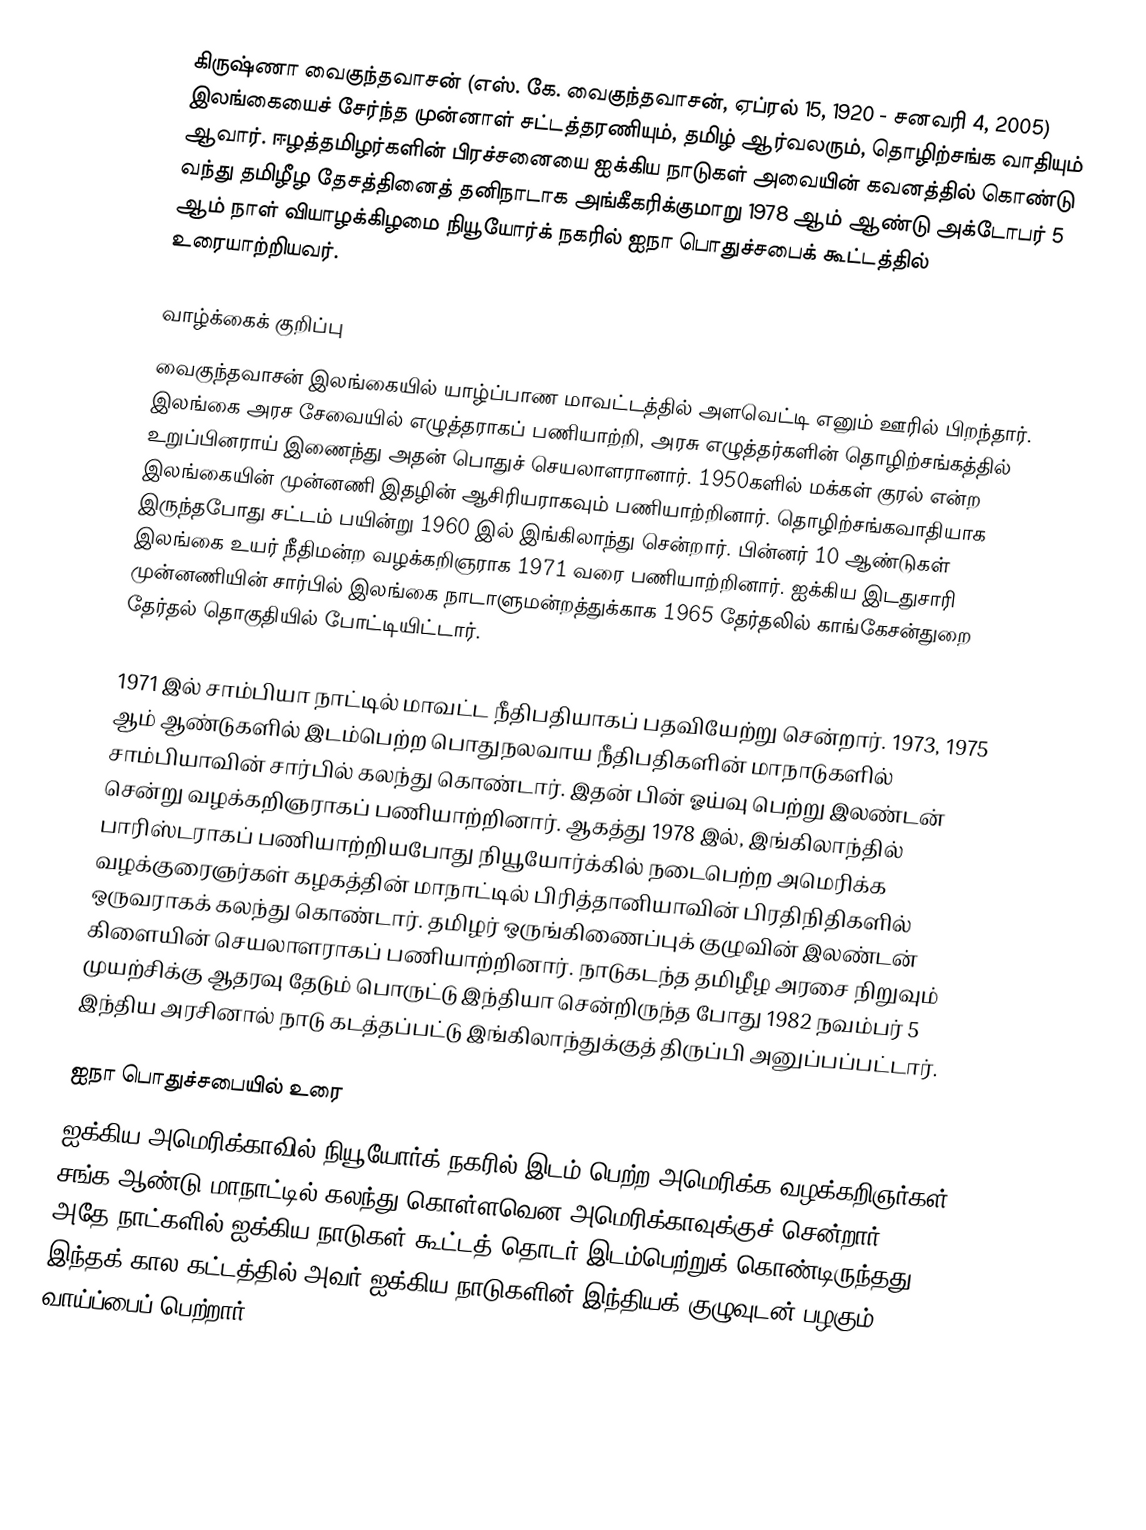
கிருஷ்ணா வைகுந்தவாசன் (எஸ். கே. வைகுந்தவாசன், ஏப்ரல் 15, 1920 - சனவரி 4, 2005) இலங்கையைச் சேர்ந்த முன்னாள் சட்டத்தரணியும், தமிழ் ஆர்வலரும், தொழிற்சங்க வாதியும் ஆவார். ஈழத்தமிழர்களின் பிரச்சனையை ஐக்கிய நாடுகள் அவையின் கவனத்தில் கொண்டு வந்து தமிழீழ தேசத்தினைத் தனிநாடாக அங்கீகரிக்குமாறு 1978 ஆம் ஆண்டு அக்டோபர் 5 ஆம் நாள் வியாழக்கிழமை நியூயோர்க் நகரில் ஐநா பொதுச்சபைக் கூட்டத்தில் உரையாற்றியவர்.

வாழ்க்கைக் குறிப்பு
வைகுந்தவாசன் இலங்கையில் யாழ்ப்பாண மாவட்டத்தில் அளவெட்டி எனும் ஊரில் பிறந்தார். இலங்கை அரச சேவையில் எழுத்தராகப் பணியாற்றி, அரசு எழுத்தர்களின் தொழிற்சங்கத்தில் உறுப்பினராய் இணைந்து அதன் பொதுச் செயலாளரானார். 1950களில் மக்கள் குரல் என்ற இலங்கையின் முன்னணி இதழின் ஆசிரியராகவும் பணியாற்றினார். தொழிற்சங்கவாதியாக இருந்தபோது சட்டம் பயின்று 1960 இல் இங்கிலாந்து சென்றார். பின்னர் 10 ஆண்டுகள் இலங்கை உயர் நீதிமன்ற வழக்கறிஞராக 1971 வரை பணியாற்றினார். ஐக்கிய இடதுசாரி முன்னணியின் சார்பில் இலங்கை நாடாளுமன்றத்துக்காக 1965 தேர்தலில் காங்கேசன்துறை தேர்தல் தொகுதியில் போட்டியிட்டார்.

1971 இல் சாம்பியா நாட்டில் மாவட்ட நீதிபதியாகப் பதவியேற்று சென்றார். 1973, 1975 ஆம் ஆண்டுகளில் இடம்பெற்ற பொதுநலவாய நீதிபதிகளின் மாநாடுகளில் சாம்பியாவின் சார்பில் கலந்து கொண்டார். இதன் பின் ஓய்வு பெற்று இலண்டன் சென்று வழக்கறிஞராகப் பணியாற்றினார். ஆகத்து 1978 இல், இங்கிலாந்தில் பாரிஸ்டராகப் பணியாற்றியபோது நியூயோர்க்கில் நடைபெற்ற அமெரிக்க வழக்குரைஞர்கள் கழகத்தின் மாநாட்டில் பிரித்தானியாவின் பிரதிநிதிகளில் ஒருவராகக் கலந்து கொண்டார். தமிழர் ஒருங்கிணைப்புக் குழுவின் இலண்டன் கிளையின் செயலாளராகப் பணியாற்றினார். நாடுகடந்த தமிழீழ அரசை நிறுவும் முயற்சிக்கு ஆதரவு தேடும் பொருட்டு இந்தியா சென்றிருந்த போது 1982 நவம்பர் 5 இந்திய அரசினால் நாடு கடத்தப்பட்டு இங்கிலாந்துக்குத் திருப்பி அனுப்பப்பட்டார்.

ஐநா பொதுச்சபையில் உரை
ஐக்கிய அமெரிக்காவில் நியூயோர்க் நகரில் இடம் பெற்ற அமெரிக்க வழக்கறிஞர்கள் சங்க ஆண்டு மாநாட்டில் கலந்து கொள்ளவென அமெரிக்காவுக்குச் சென்றார். அதே நாட்களில் ஐக்கிய நாடுகள் கூட்டத் தொடர் இடம்பெற்றுக் கொண்டிருந்தது. இந்தக் கால கட்டத்தில் அவர் ஐக்கிய நாடுகளின் இந்தியக் குழுவுடன் பழகும் வாய்ப்பைப் பெற்றார்.